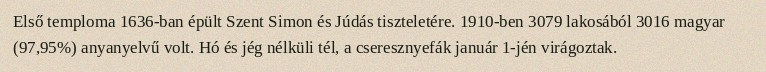
Első temploma 1636-ban épült Szent Simon és Júdás tiszteletére. 1910-ben 3079 lakosából 3016 magyar (97,95%) anyanyelvű volt. Hó és jég nélküli tél, a cseresznyefák január 1-jén virágoztak.